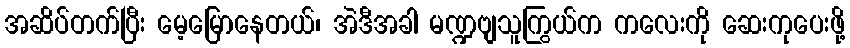
အဆိပ်တက်ပြီး မေ့မြောနေတယ်၊ အဲဒီအခါ မဏ္ဍဗျသူကြွယ်က ကလေးကို ဆေးကုပေးဖို့